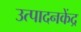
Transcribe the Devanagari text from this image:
उत्पादनकेंद्र